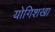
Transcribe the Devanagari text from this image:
योगिशखा